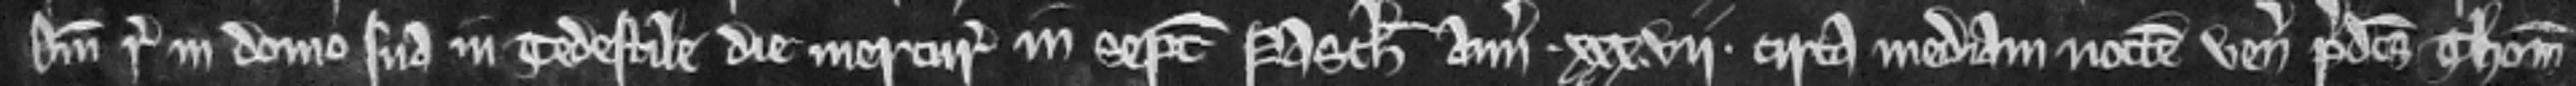
domini regis in domo sua in Tedestile die mercurii in septimana Pasche anno xxx.vii circa mediam noctem venerunt predictus Thomas